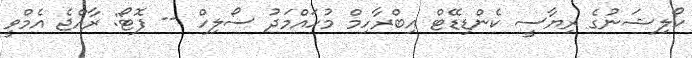
ކޯލިޝަނުގެ ރިޔާސީ ކެންޑިޑޭޓް އިބްރާހިމް މުހައްމަދު ސޯލިހް -- ފޮޓޯ: ރާއްޖެ އެމްވީ